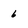
Character: 6